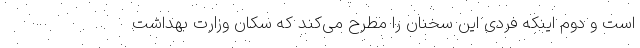
است و دوم اینکه فردی این سخنان را مطرح می‌‌کند که سکان وزارت بهداشت